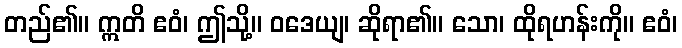
တည်၏။ ဣတိ ဧဝံ၊ ဤသို့။ ဝဒေယျ၊ ဆိုရာ၏။ သော၊ ထိုရဟန်းကို။ ဧဝံ၊